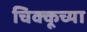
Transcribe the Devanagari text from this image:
चिक्कूच्या